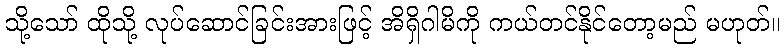
သို့သော် ထိုသို့ လုပ်ဆောင်ခြင်းအားဖြင့် အိရှိဂါမိကို ကယ်တင်နိုင်တော့မည် မဟုတ်။